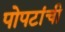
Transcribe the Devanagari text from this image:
पोपटांची